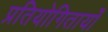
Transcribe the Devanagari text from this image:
प्रतियोगितायोँ